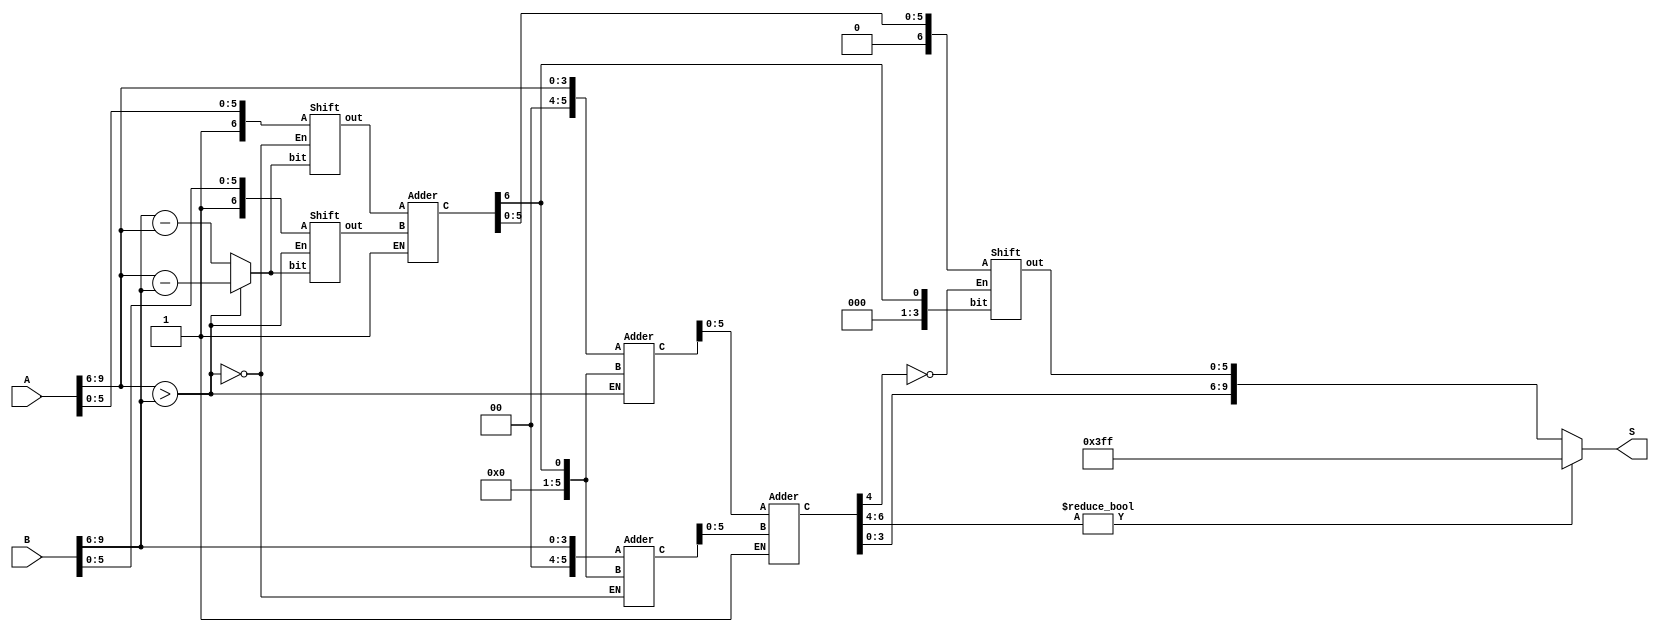
module FpAdd(A, B, S);

    input [9:0] A; // 
    input [9:0] B; // 
    output [9:0] S; // 
    wire AIsBIg;  //     A   1, B   0 .
    wire [3:0] diff; //   Exponent 
    wire [5:0] Am; //     A mantissa 
    wire [5:0] Bm; //     A mantissa 
    wire [6:0] m_sum; //      .  1    ovf  . 
    wire [6:0] Se1; //  A    A     mantissa ovf    A ,  A  + 1 . A  B  0
    wire [6:0] Se2; //  B    A     mantissa ovf    B ,  B  + 1 . B  A  0 
    wire [9:0]S_2; //              .
    wire [2:0] ovf; // Exponent        . 

    assign AIsBIg = A[9:6] > B[9:6];
    // A   AIsBIg 1, B   0 . 
    assign diff = AIsBIg ? A[9:6] - B[9:6] : B[9:6] - A[9:6];
    //                   .
    Shift S1({1'b1, A[5:0]}, diff, ~AIsBIg, Am);
    // B    A mantissa 1.xxxxxx diff Shift  . A   A mantissa  .
    Shift S2({1'b1, B[5:0]}, diff, AIsBIg, Bm);
    // A    B mantissa 1.xxxxxx diff Shift  . B   B mantissa  .
    Adder A1(Am, Bm, 1'b1, m_sum);
    //     mantissa . EN 1'b1   .
    Adder A2({2'b0, A[9:6]}, {5'b0, m_sum[6]}, AIsBIg, Se1);
    //  A    mantissa  ovf       Se1.
    Adder A3({2'b0, B[9:6]}, {5'b0, m_sum[6]}, ~AIsBIg, Se2);
    //  B    mantissa  ovf       Se2.
    Adder A4(Se1[5:0], Se2[5:0], 1'b1, {ovf,S_2[9:6]});
    // adder EN 0 0     . A2 A      0.
    // A3 B      0. 
    //    A    A ovf  , B     B ovf   .
    Shift S3({1'b0, m_sum[5:0]}, {3'b000,m_sum[6]}, ~ovf[0], S_2[5:0]);
    //  ovf   1  mantiss    Shift .
    assign S = ovf ? 10'b1111111111 : S_2;
    //  ovf     10'b1111111111     . 
    

endmodule



module Adder(A, B, EN, C);  
    input [5:0] A;  
    input [5:0] B;
    output [6:0] C;
    input EN;  
    // Enable      A B   0  .
    assign C = EN ? A + B : 0;  

endmodule

module Shift(A, bit, En, out);
    input [6:0] A; // Shift 
    input [3:0] bit; // Shift  
    input En;  // Enable 
    output [5:0]out;  // 
    // Enable 0    Shift   .
    assign out = En ? (A >> bit) : A;
 
endmodule